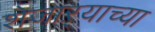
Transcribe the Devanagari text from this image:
शेजाऱ्याच्या